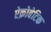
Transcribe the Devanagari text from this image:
ऐक्रोबेटिक